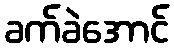
ခက်ခဲအောင်